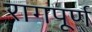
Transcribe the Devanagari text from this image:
रागपूर्ण